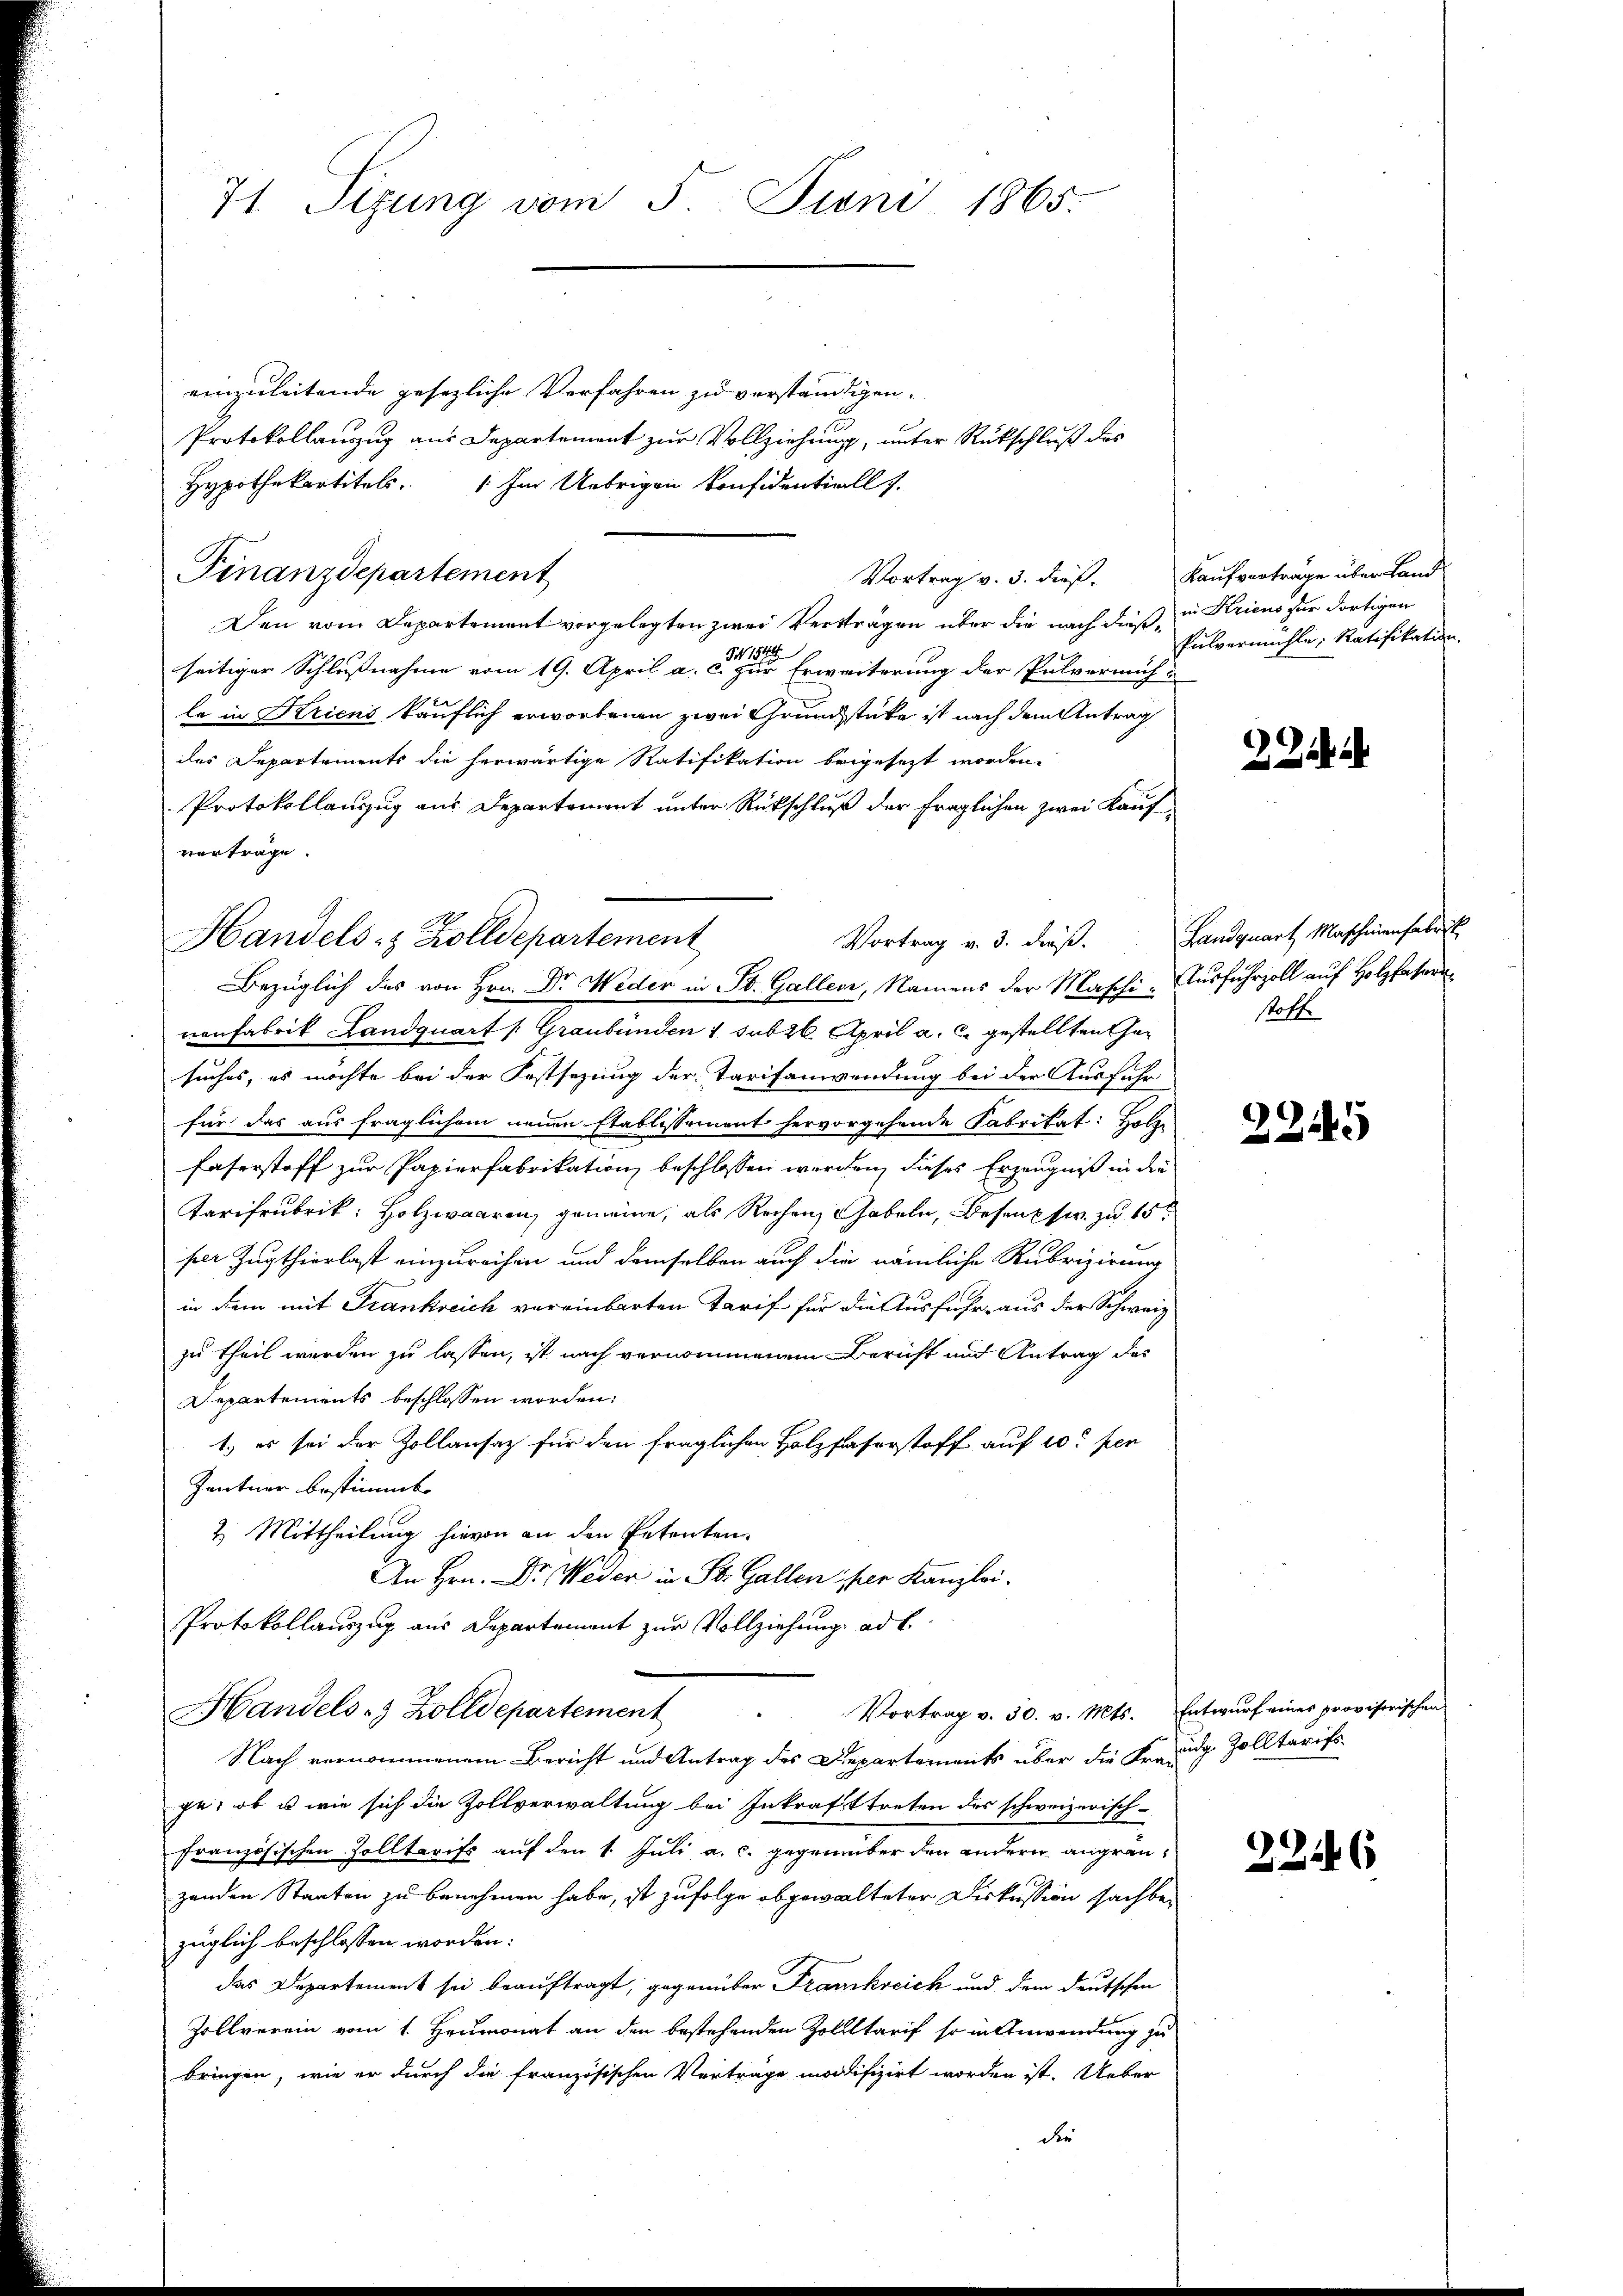
71. Sizung vom 5. Juni 1865.

einzuleitende gesezliche Verfahren zu verständigen.
Protokollanzug aus Departement zur Vollziehung, unter Rückschluß des
Hypothekartitels. Im Uebrigen konfidentiell I.
Finanzdepartement
Vortrag v. 3. dieß.
Den vom Departement vorgelegten zwei Verträgen über die nach dieße
3
seitiger Schlußnahme vom 19. April a. c. zur Erweiterung der Pulvermiht
le in Kriens käuflich erworbenen zwei Grundstücke ist nach dem Antrag
des Departements die herwärtige Ratifikation beigesezt worden.
Protokollauszug aus Departement unter Rückschluß der fraglichen zwei Kaufvertrage.
Vortrag v. 3. dieß. Landquart Maschinenfabrik
Handels- & Zolldepartement
Bezüglich des von Hrn. Dr. Weder in St. Galler, Namens der Maschi- Ausfuhrzoll auf Holzser
nenfabrik Landquart /: Graubünden 1 sub 26. April a. c. gestellten hasuches, es möchte bei der Festsezung der Tarifanwendung bei der Ausfuhr
für das aus fraglichem neuen Etablissement hervorgehende Fabritat: Holz
Faserstoff zur Papierfabrikation beschlossen werden, dieses Erzeugniß in die
Tarifrubrik: Holzwaaren, gemeine, als Rechen habeln, Besents zu 15
per Zugthierlast einzureichen und demselben auch die nämliche Rubrizirung
in dem mit Frankreich vereinbarten Tarif für die Ausfuhr aus der Schweiz
zu theil werden zu lassen, ist nach vernommenem Bericht und Antrag des
Departements beschlossen worden.
1.) es sei der Zollansaz für den fraglichen Holzfaserstoff auf 10 per
Zentner bestimmt.
2. Mittheilung hievon an den Petenten.
An Hrn. Dr. Weder in St. Gallen per Kanzlei.
Protokollauszug aus Departement zur Vollziehung ad b.
Vortrag v. 30. v. Mts. Entwurf eines provisorischen
Handels- & Zolldepartement
Nach vernommenem Bericht und Antrag des Diepartements über die Freudig. Zolltarif
ge: ob es wie sich die Zollverwaltung bei Inkrafttreten des schweizerisch-
französischen Zolltarifs auf den 1. Juli a. c. gegenüber den andern angrauzenden Staaten zu benehmen habe, ist zufolge abgewalteter Diskussion sachber
züglich beschlossen worden.
das Departement sei beauftragt, gegenüber Frankreich und dem deutschen
Zollverein vom 1. Heumonat an den bestehenden Zollltarif so in Anwendung zu
bringen, wie er durch die französischen Verträge modifizirt worden ist. Ueber
die

Kaufverträge über Land
in Kriens zur dortigen
Pulvermühle, Ratifikation.

2

stoffe

245

2246